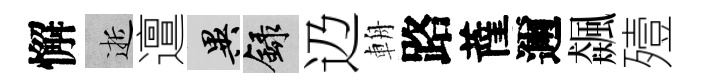
懈逝邅异録辸輈路薩邇飆殪